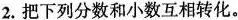
2.把下列分数和小数互相转化。